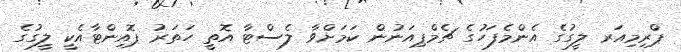
ޕްރިމިއަރ ލީގުގެ އެންމެފަހުގެ ޗެމްޕިއަނުން ކަމަށްވާ ލެސްޓާ އޮތީ ހަތަރު ޕޮއިންޓާއެކީ ލީގުގެ